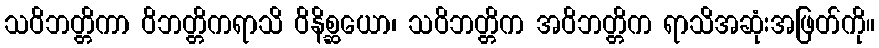
သဝိဘတ္တိကာ ဝိဘတ္တိကရာသိ ဝိနိစ္ဆယော၊ သဝိဘတ္တိက အဝိဘတ္တိက ရာသိအဆုံးအဖြတ်ကို။